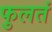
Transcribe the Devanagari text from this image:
फुलतं